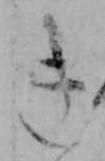
き